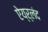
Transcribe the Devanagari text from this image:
ऐय्र्लंद